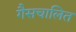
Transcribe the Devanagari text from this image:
गैसचालित